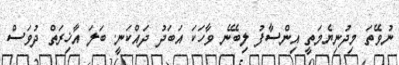
ނުވޭތަ މިދުނިޔެމަތީ އިންސާފު ލިބޭނެ ވާހަކަ އަބަދު ދައްކަނީ. ބަލަ އާޚިރަތް ދުވަސް